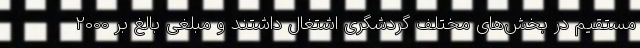
مستقیم در بخش‌های مختلف گردشگری اشتغال داشتند و مبلغی بالغ بر 2000